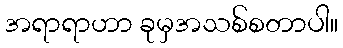
အရာရာဟာ ခုမှအသစ်စတာပါ။